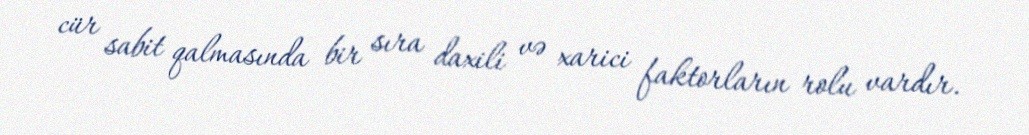
cür sabit qalmasında bir sıra daxili və xarici faktorların rolu vardır.